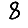
Digit: 8